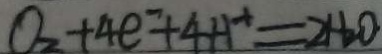
O _ { 2 } + 4 e ^ { - } + 4 H ^ { + } = 2 H _ { 2 } O